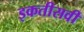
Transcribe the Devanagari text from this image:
इकतीसवीं